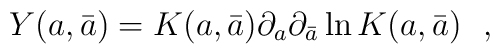
Y(a,\bar a) =K(a,\bar a)\partial_{a}\partial_{\bar a}\ln K(a,\bar a)\ \ ,